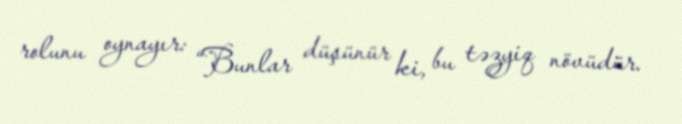
rolunu oynayır: “Bunlar düşünür ki, bu təzyiq növüdür.